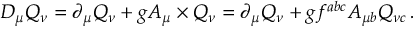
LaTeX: D _ { \mu } Q _ { \nu } = \partial _ { \mu } Q _ { \nu } + g A _ { \mu } \times Q _ { \nu } = \partial _ { \mu } Q _ { \nu } + g f ^ { a b c } A _ { \mu b } Q _ { \nu c } \, .